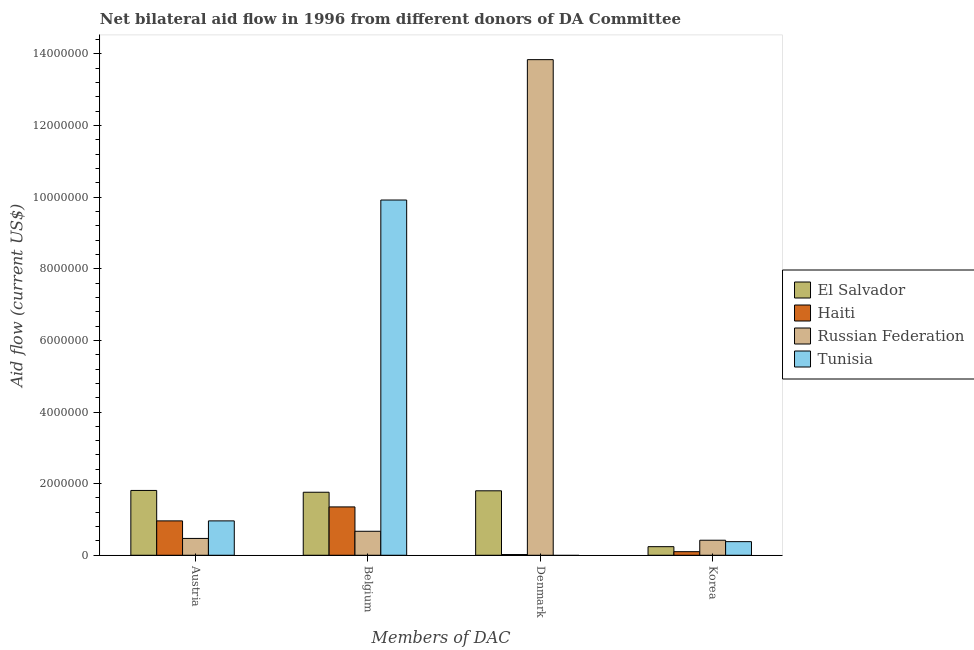
| Members of DAC | El Salvador | Haiti | Russian Federation | Tunisia |
 | --- | --- | --- | --- | --- |
 | Austria | 1.81e+06 | 9.6e+05 | 4.7e+05 | 9.6e+05 |
 | Belgium | 1.76e+06 | 1.35e+06 | 6.7e+05 | 9.92e+06 |
 | Denmark | 1.8e+06 | 2e+04 | 1.38e+07 | -2.3e+05 |
 | Korea | 2.4e+05 | 1e+05 | 4.2e+05 | 3.8e+05 |